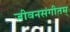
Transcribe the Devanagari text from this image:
जीवनसंगीतम्